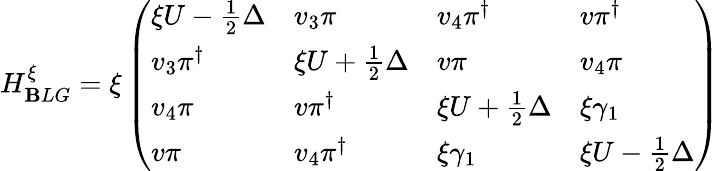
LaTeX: H_{\mathbf{B}LG}^{\xi}=\xi\left(\begin{array}{llll}{\xi U-\frac{1}{2}\Delta}&{v_{3}\pi}&{v_{4}\pi^{\dagger}}&{v\pi^{\dagger}}\\ {v_{3}\pi^{\dagger}}&{\xi U+\frac{1}{2}\Delta}&{v\pi}&{v_{4}\pi}\\ {v_{4}\pi}&{v\pi^{\dagger}}&{\xi U+\frac{1}{2}\Delta}&{\xi\gamma_{1}}\\ {v\pi}&{v_{4}\pi^{\dagger}}&{\xi\gamma_{1}}&{\xi U-\frac{1}{2}\Delta}\end{array}\right)